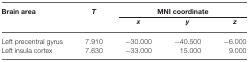
| Brain area | T | <COLSPAN=3> MNI coordinate |
 |  |  | x | y | z |
 | --- | --- | --- | --- | --- |
 | Left precentral gyrus | 7.910 | −30.000 | −40.500 | −6.000 |
 | Left insula cortex | 7.630 | −33.000 | 15.000 | 9.000 |